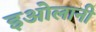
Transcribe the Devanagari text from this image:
इओलानी